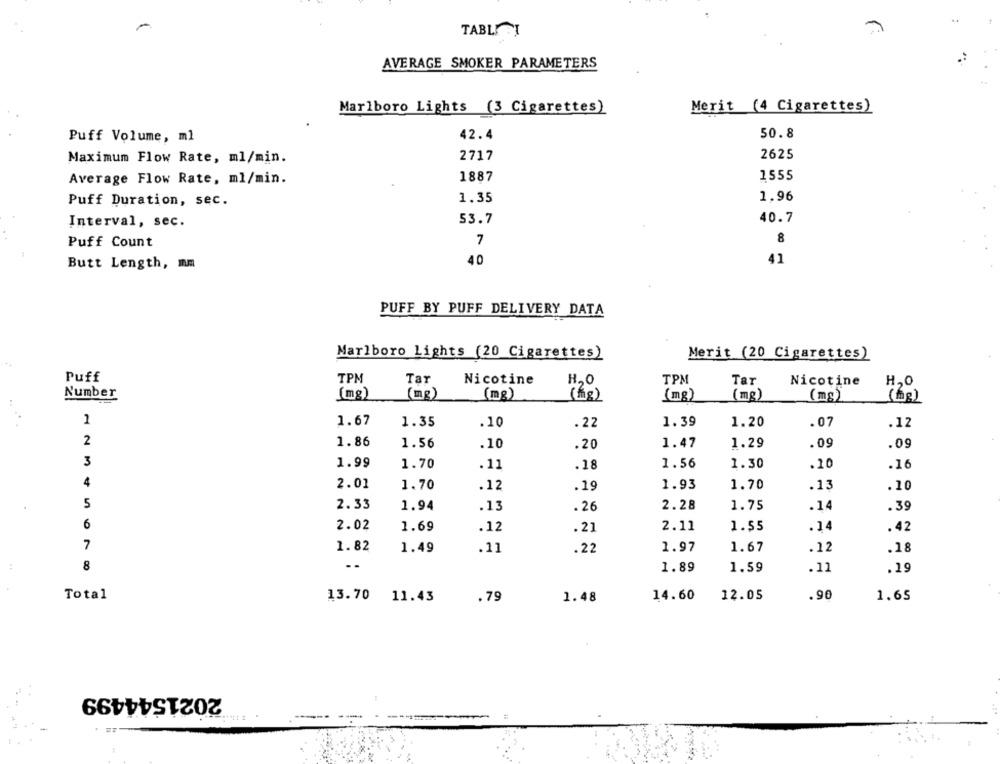
..
TABLET
AVERAGE SMOKER PARAMETERS
Marlboro Lights (3 Cigarettes)
Merit (4 Cigarettes)
Puff Volume, ml
42.4
50.8
Maximum Flow Rate, ml/min.
2717
2625
1555
Average Flow Rate, ml/min.
1887
1.96
Puff Duration, sec.
1.35
Interval, sec.
53.7
40.7
Puff Count
7
8
41
Butt Length, mm
40
PUFF BY PUFF DELIVERY DATA
Marlboro Lights (20 Cigarettes)
Merit (20 Cigarettes)
Puff
TPM
Tar
Nicotine
H2O
TPM
Tar
Nicotine
H20
Number
(mg)
(mg)
(mg)
(mg)
(mg)
(mg)
(mg)
1
1.67
1.35
.10
.22
1.39
1.20
.07
.12
2
1.86
1.56
10
1.47
1.29
.09
.09
.20
3
1.99
1.70
.11
.18
1.56
1.30
.20
.16
4
2.01
1.70
.12
.19
1.93
1.70
.13
.10
5
2.33
1.94
.13
. 26
2.28
1.75
.14
.39
6
2.02
1.69
.12
.21
2.11
1.55
.14
.42
7
1.82
1.49
.11
.22
1.97
1.67
.12
.18
:
8
1.89
1.59
.11
.19
Total
13.70
14.60
12.05
.90
11.43
.79
1.48
1.65
2021544499